Report on sanitation, dispensaries, and jails in Rajputana for 1921, and on vaccination for the year 1921-1922 - 1921-1922
Year: 1921
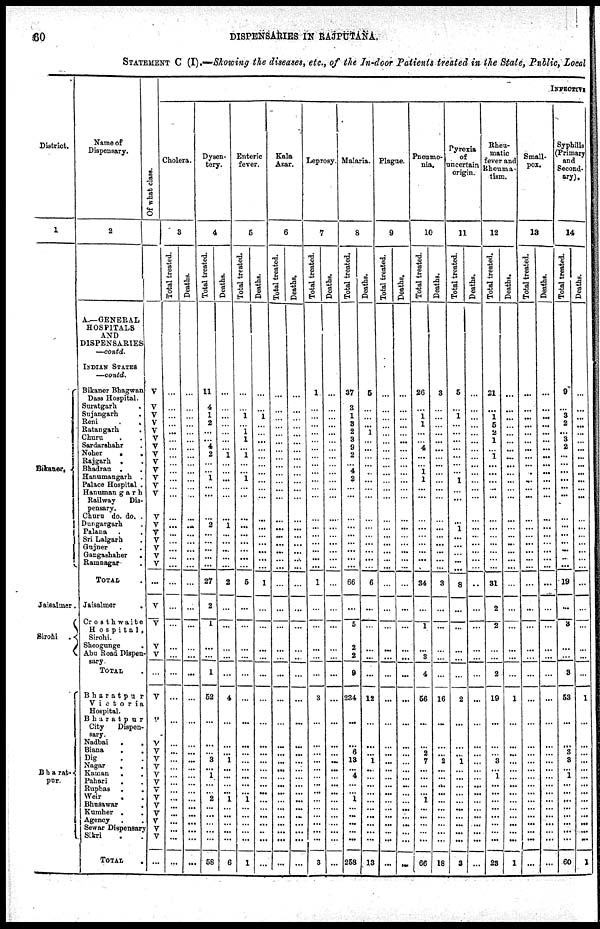
60
DISPENSARIES IN RAJPUTANA.
STATEMENT C (I).—Showing the diseases, etc., of the In-door Patients treated in the State, Public, Local
District.
1
Bikaner.
Jaisalmer.
Sirohi .
Bharat¬
pur.
Name of
Dispensary.
2
A.—GENERAL
HOSPITALS
AND
DISPENSARIES
—contd.
INDIAN STATES
—contd.
Bikaner Bhagwan
Dass Hospital.
Suratgarh
.
Sujangarh
.
Reni
.
.
Ratangarh .
Churu . .
Sardarshahr .
Noher
.
.
Rajgarh . .
Bhadran . .
Hanumangarh .
Palace Hospital .
Hanumangarh
Railway
Dis-
pensary.
Churu do. do. .
Dungargarh .
Palana . .
Sri Lalgarh .
Gujner . .
Gangashaher
.
Ramnagar .
TOTAL .
Jaisalmer
.
Crosthwaite
Hospital,
Sirohi.
Sheogunge
.
Abu Road Dispen-
sary.
TOTAL .
Bharatpu r
Victoria
Hospital.
Bharatpur
City
Dispen-
sary.
Nadbai
.
.
Biana
. .
Dig . .
Nagar
. .
Kaman
. .
Pahari
. .
Rupbas .
.
Weir . .
Bhusawar
.
Kumher . .
Agency . .
Sewar Dispensary
Sikri . .
TOTAL
.
Of what class.
V
V
V
V
V
V
V
V
V
V
V
V
V
V
V
V
V
V
V
V
...
V
V
V
V
...
V
V
V
V
V
V
V
V
V
V
V
V
V
V
V
...
INFECTIVE
Cholera.
3
Total treated.
...
...
...
...
...
...
...
...
...
...
...
...
...
...
...
...
...
...
...
...
...
...
...
...
...
...
...
...
...
...
...
...
...
...
...
...
...
...
...
...
...
...
Deaths.
...
...
...
...
...
...
...
...
...
...
...
...
...
...
...
...
...
...
...
...
...
...
...
...
...
...
...
...
...
...
...
...
...
...
...
...
...
...
...
...
...
...
Dysen-
tery.
4
Total treated.
11
4
1
2
...
...
4
2
...
...
1
...
...
...
2
...
...
...
...
...
27
2
1
...
...
1
52
...
...
...
3
...
1
...
...
2
...
...
...
...
...
58
Deaths.
...
...
...
...
...
...
...
1
...
...
...
...
...
...
1
...
...
...
...
...
2
...
...
...
...
...
4
...
...
...
1
...
...
...
...
1
...
...
...
...
...
6
Enteric
fever.
5
Total treated.
...
...
1
...
1
1
...
1
...
...
1
...
...
...
...
...
...
...
...
...
5
...
...
...
...
...
...
...
...
...
...
...
...
...
...
1
...
...
...
...
...
1
Deaths.
...
...
1
...
...
...
...
...
...
...
...
...
...
...
...
...
...
...
...
...
1
...
...
...
...
...
...
...
...
...
...
...
...
...
...
...
...
...
...
...
...
...
Kala
Azar.
6
Total treated.
...
...
...
...
...
...
...
...
...
...
...
...
...
...
...
...
...
...
...
...
...
...
...
...
...
...
...
...
...
...
...
...
...
...
...
...
...
...
...
...
...
...
Deaths.
...
...
...
...
...
...
...
...
...
...
...
...
...
...
...
...
...
...
...
...
...
...
...
...
...
...
...
...
...
...
...
...
...
...
...
...
...
...
...
...
...
...
Leprosy.
7
Total treated.
1
...
...
...
...
...
...
...
...
...
...
...
...
...
...
...
...
...
...
...
1
...
...
...
...
...
3
...
...
...
...
...
...
...
...
...
...
...
...
...
...
3
Deaths.
...
...
...
...
...
...
...
...
...
...
...
...
...
...
...
...
...
...
...
...
...
...
...
...
...
...
...
...
...
...
...
...
...
...
...
...
...
...
...
...
...
...
Malaria.
8
Total treated.
37
3
1
3
2
3
9
2
...
4
2
...
...
...
...
...
...
...
...
...
66
...
5
2
2
9
234
...
...
6
13
...
4
...
...
1
...
...
...
...
...
258
Deaths.
5
...
...
...
1
...
...
...
...
...
...
...
...
...
...
...
...
...
...
...
6
...
...
...
...
...
12
...
...
...
1
...
...
...
...
...
...
...
...
...
...
13
Plague.
9
Total treated.
...
...
...
...
...
...
...
...
...
...
...
...
...
...
...
...
...
...
...
...
...
...
...
...
...
...
...
...
...
...
...
...
...
...
...
...
...
...
...
...
...
...
Deaths.
...
...
...
...
...
...
...
...
...
...
...
...
...
...
...
...
...
...
...
...
...
...
...
...
...
...
...
...
...
...
...
...
...
...
...
...
...
...
...
...
...
...
Pneumo-
nia.
10
Total treated.
26
...
1
1
...
...
4
...
...
1
1
...
...
...
...
...
...
...
...
...
34
...
1
...
3
4
56
...
...
2
7
...
...
...
...
1
...
...
...
...
...
66
Deaths.
3
...
...
...
...
...
...
...
...
...
...
...
...
...
...
...
...
...
...
...
3
...
...
...
...
...
16
...
...
...
2
...
...
...
...
...
...
...
...
...
...
18
Pyrexia
of
uncertain
origin.
11
Total treated.
5
...
1
...
...
...
...
...
...
...
1
...
...
...
...
1
...
...
...
...
8
...
...
...
...
...
2
...
...
...
1
...
...
...
...
...
...
...
...
...
...
3
Deaths.
...
...
...
...
...
...
...
...
...
...
...
...
...
...
...
...
...
...
...
...
..
...
...
...
...
...
...
...
...
...
...
...
...
...
...
...
...
...
...
...
...
...
Rheu-
matic
fever and
Rheuma¬
tism.
12
Total treated.
21
...
1
5
2
1
...
1
...
...
...
...
...
...
...
...
...
...
...
...
31
2
2
...
...
2
19
...
...
...
3
...
1
...
...
...
...
...
...
...
...
23
Deaths.
...
...
...
...
...
...
...
...
...
...
...
...
...
...
...
...
...
...
...
...
...
...
...
...
...
...
1
...
...
. ..
...
...
...
...
...
...
...
...
...
...
...
1
Small¬
pox.
13
Total treated.
...
...
...
...
...
...
...
...
...
...
...
...
...
...
...
...
...
...
...
...
...
...
...
...
...
...
...
...
...
...
...
...
...
...
...
...
...
...
...
...
...
...
Deaths.
...
...
...
...
...
...
...
...
...
...
...
...
...
...
...
...
...
...
...
...
...
...
...
...
...
...
...
...
...
...
...
...
...
...
...
...
...
...
...
...
...
...
Syphilis
(Primary
and
Second¬
ary).
14
Total treated.
9
...
3
2
...
3
2
...
...
...
...
...
...
...
...
...
...
...
...
...
19
...
3
...
...
3
53
...
...
3
3
...
1
...
...
...
...
...
...
...
...
60
Deaths.
...
...
...
...
...
...
...
...
...
...
...
...
...
...
...
...
...
...
...
...
...
...
...
...
...
...
1
...
...
...
...
...
...
...
...
...
...
...
...
...
...
1